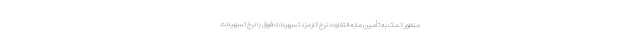
منظور کمک به تأمین مابه التفاوت نرخ کارمزد تسهیلات فوق با نرخ تسهیلات